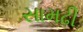
સામઢી